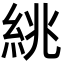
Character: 絩